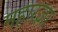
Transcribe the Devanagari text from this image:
महारज्ञा